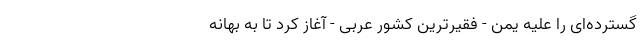
گسترده‌ای را علیه یمن - فقیرترین کشور عربی - آغاز کرد تا به بهانه